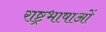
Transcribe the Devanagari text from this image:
राष्ट्रभाषाओं